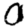
Digit: 0